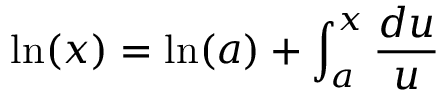
\ln ( x ) = \ln ( a ) + \int _ { a } ^ { x } { \frac { d u } { u } }